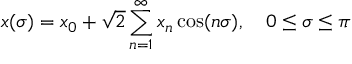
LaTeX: x ( \sigma ) = x _ { 0 } + \sqrt { 2 } \sum _ { n = 1 } ^ { \infty } x _ { n } \cos ( n \sigma ) , ~ ~ ~ 0 \leq \sigma \leq \pi